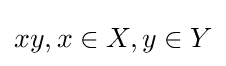
xy,x\in X,y\in Y